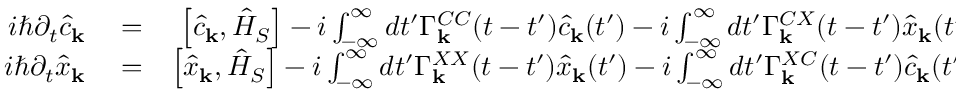
\begin{array} { r l r } { i \hbar \partial _ { t } \hat { c } _ { \bf k } } & { { } = } & { \left[ \hat { c } _ { \bf k } , \hat { H } _ { S } \right] - i \int _ { - \infty } ^ { \infty } d t ^ { \prime } \Gamma _ { \bf k } ^ { C C } ( t - t ^ { \prime } ) \hat { c } _ { \bf k } ( t ^ { \prime } ) - i \int _ { - \infty } ^ { \infty } d t ^ { \prime } \Gamma _ { \bf k } ^ { C X } ( t - t ^ { \prime } ) \hat { x } _ { \bf k } ( t ^ { \prime } ) + \hat { F } _ { \bf k } ^ { C } ( t ) , } \\ { i \hbar \partial _ { t } \hat { x } _ { \bf k } } & { { } = } & { \left[ \hat { x } _ { \bf k } , \hat { H } _ { S } \right] - i \int _ { - \infty } ^ { \infty } d t ^ { \prime } \Gamma _ { \bf k } ^ { X X } ( t - t ^ { \prime } ) \hat { x } _ { \bf k } ( t ^ { \prime } ) - i \int _ { - \infty } ^ { \infty } d t ^ { \prime } \Gamma _ { \bf k } ^ { X C } ( t - t ^ { \prime } ) \hat { c } _ { \bf k } ( t ^ { \prime } ) + \hat { F } _ { \bf k } ^ { X } ( t ) , } \end{array}